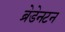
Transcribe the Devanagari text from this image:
ब्रेडेनटन